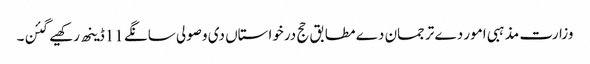
وزارت مذہبی امور دے ترجمان دے مطابق حج درخواستاں دی وصولی سانگے 11ڈینھ رکھیے گئن۔